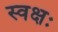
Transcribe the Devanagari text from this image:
स्वक्षः